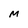
Character: M